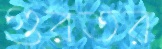
গুরতর